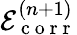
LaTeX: \mathcal{E}_{\mathrm{~c~o~r~r~}}^{(n+1)}